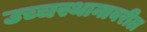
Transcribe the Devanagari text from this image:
उच्चस्थानावरील